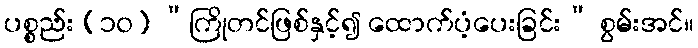
ပစ္စည်း (၁၀) “ကြိုတင်ဖြစ်နှင့်၍ ထောက်ပံ့ပေးခြင်း” စွမ်းအင်။